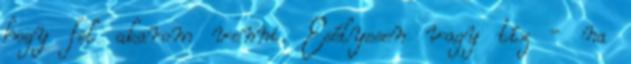
hogy fel akarom venni. Esélyesen vagy tíz - na